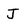
Character: J